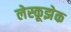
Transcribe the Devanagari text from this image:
लेस्कूझेक